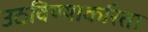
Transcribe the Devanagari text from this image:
उठविण्याकरिता